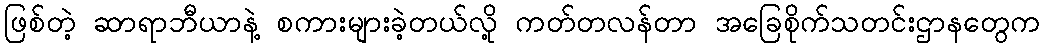
ဖြစ်တဲ့ ဆာရာဘီယာနဲ့ စကားများခဲ့တယ်လို့ ကတ်တလန်တာ အခြေစိုက်သတင်းဌာနတွေက